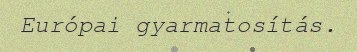
Európai gyarmatosítás.